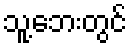
သူ့ဘေးတွင်